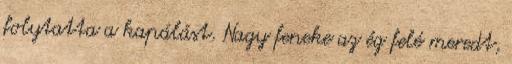
folytatta a kapálást. Nagy feneke az ég felé meredt,